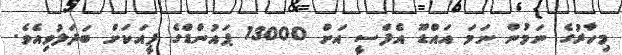
މިހާރުގެ ނަމުން ނަމަ އައްޑޫ އެފްސީ އަށް 13000 ޕައުންޑްގެ ފީއަކަށް ބަދަލުވިއެވެ.